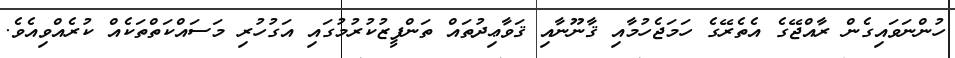
ހުންނަވައިގެން ރާއްޖޭގެ އެތެރޭގެ ހަމަޖެހުމާއި ޤާނޫނާއި ޤަވާޢިދުތައް ތަންފީޒުކުރުމުގައި އަގުހުރި މަސައްކަތްތަކެއް ކުރެއްވިއެވެ.